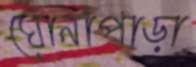
ঘোনাপাড়া